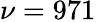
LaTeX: \nu=971